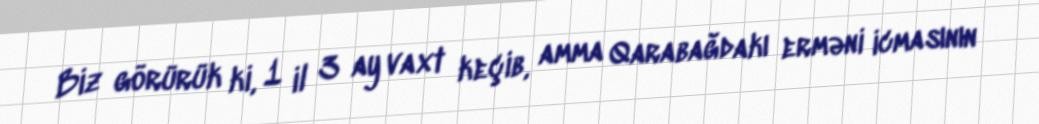
Biz görürük ki, 1 il 3 ay vaxt keçib, amma Qarabağdakı erməni icmasının